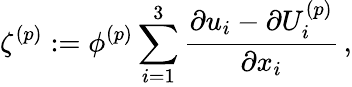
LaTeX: \zeta^{(p)}:=\phi^{(p)}\sum_{i=1}^{3}\frac{\partial{u_{i}}-\partial{U_{i}^{(p)}}}{\partial{x_{i}}}\, ,